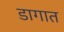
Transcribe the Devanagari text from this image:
डागात